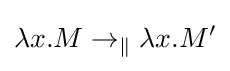
\lambda x.M\rightarrow _{\|}\lambda x.M'